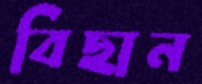
বিছান